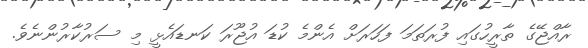
ރާއްޖޭގެ ތާރީހުގައި ފުރަތަމަ ފަހަރަށް އެންމެ ކުޑަ އުޖޫރަ ކަނޑައެޅީ މި ސަރުކާރުންނެވެ.